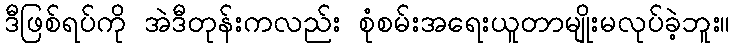
ဒီဖြစ်ရပ်ကို အဲဒီတုန်းကလည်း စုံစမ်းအရေးယူတာမျိုးမလုပ်ခဲ့ဘူး။